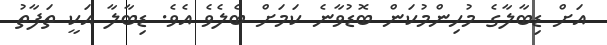
އަށް ޑިބާލާގެ މުހިންމުކަން ބޮޑުވާނެ ކަމަށް ބެލެވެ އެވެ. ޑިބާލާ އަކީ ތަފާތު